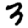
Digit: 3